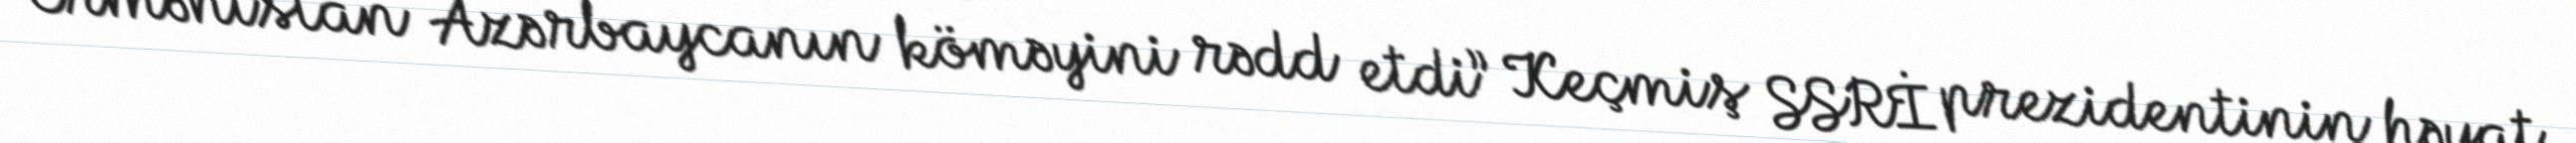
“Ermənistan Azərbaycanın köməyini rədd etdi” Keçmiş SSRİ prezidentinin həyat